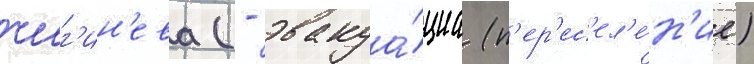
чиг'ин'ева (- эвакуа́циа (п'ер'ес'ел'е́н'ие)